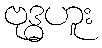
ဗုဒ္ဓဟူး